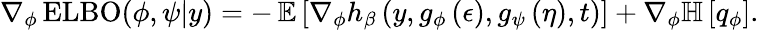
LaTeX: \nabla_{\phi}\operatorname{ELBO}(\phi,\psi\vert y)=-\operatorname{\mathbb{E}}\left[\nabla_{\phi}h_{\beta}\left(y,g_{\phi}\left(\epsilon\right),g_{\psi}\left(\eta\right),t\right)\right]+\nabla_{\phi}\mathbb{H}\left[q_{\phi}\right].